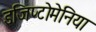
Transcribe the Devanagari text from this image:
इजिप्टोमेनिया